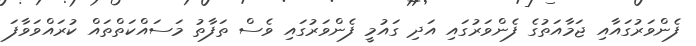
ފެންވަރުގައާއި ޖަމާއަތުގެ ފެންވަރުގައި އަދި ގައުމީ ފެންވަރުގައި ވެސް ތަފާތު މަސައްކަތްތައް ކުރައްވަވާފަ